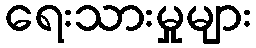
ရေးသားမှုများ